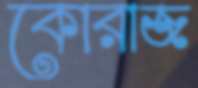
কোরাজ